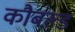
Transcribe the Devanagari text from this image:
कौबल्ड